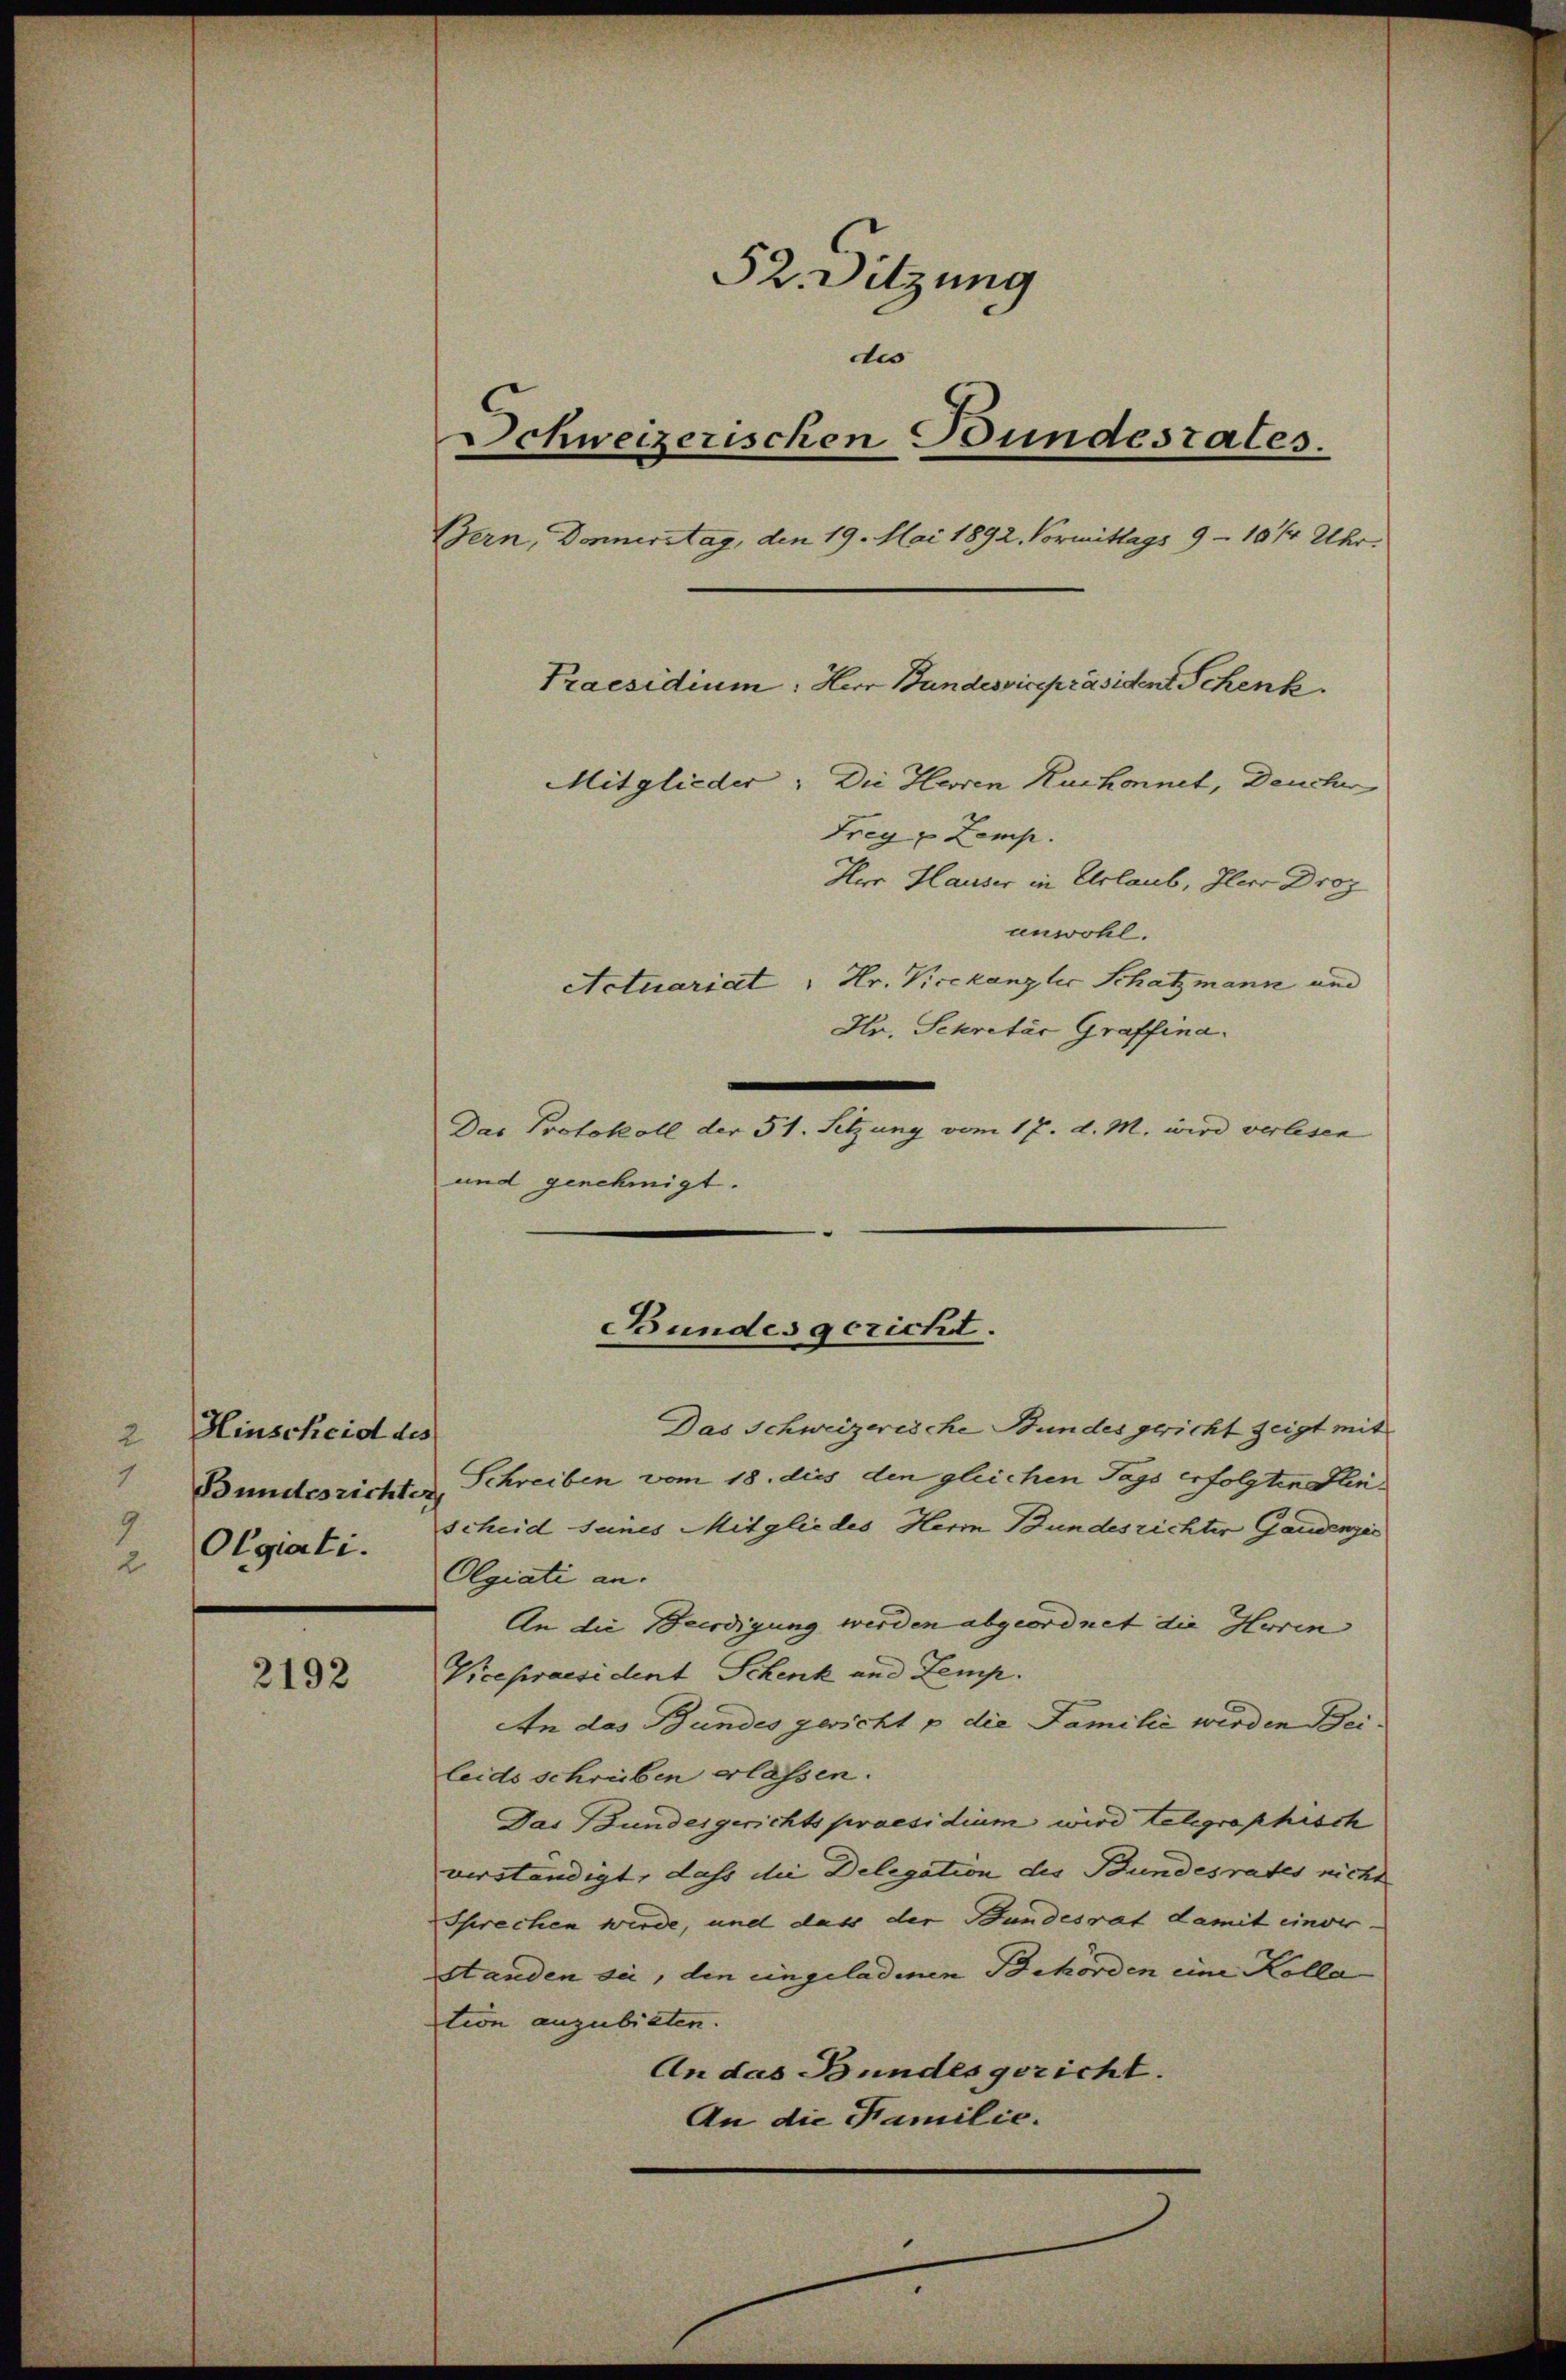
Hinscheid des
2
Bundesrichter
Olgati.
2

2192

52. Sitzung
dis
Schweizerischen Bundesrates.
Bern, Donnerstag, den 19. Mai 1892. Vormittags 9 - 18/4 Uhr.
Praesidium: Herr Bundesvicepräsident Schenk.
Mitglieder. Die Herren Kuchonnet, Deucher
Frey Zemp.

Herr Hauser in Urlaub, Herr Droz
anwohl.
Actuariat : Hr. Vicekanzlis Schatzmann und
Hr. Schretär Graffina.
Das Protokoll der 51. Setzung vom 17. d. M. wird verlesen
und genehmigt.

Das Schweizerische Bundes gericht zeigt mit
Schreiben vom 18. dies den gleichen Tags erfolgten Sterscheid seines Mitgliedes Herrn Bundesrichter Gaudenzić
Olgiati an.
An die Beerdigung werden abgeordnet die Herin
Vicepraesident Schenk und Zemp.
An das Bundes gericht p die Familie werden Beileids schreiben erlassen.
Das Bundesgerichts praesidium wird telegraphisch
verständigt, daß die Delegation des Bundesrates nicht
Sprechen werde, und das der Bundesrat damit einer
Standen sei, die eingeladenen Behörden eine Kolla
tion anzubieten.
An das Bundesgericht.
An die Familie.

Bundesgericht.